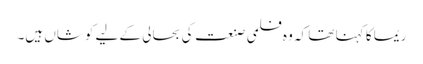
ریما کا کہنا تھا کہ وہ فلمی صنعت کی بحالی کے لیے کوشاں ہیں۔